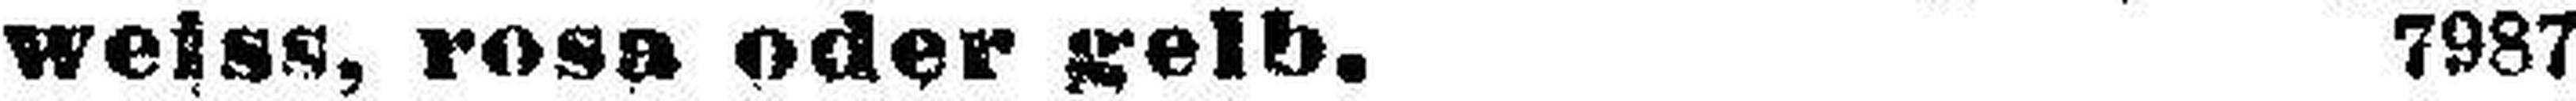
weiss, rosa oder gelb. 7987